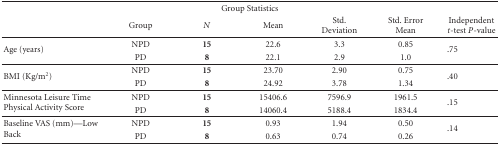
<table><thead><tr><td colspan="7"><b>Group Statistics</b></td></tr><tr><td></td><td><b>Group</b></td><td><b><i>N</i></b></td><td><b>Mean</b></td><td><b>Std. Deviation</b></td><td><b>Std. Error Mean</b></td><td><b>Independent <i>t</i>-test <i>P</i>-value</b></td></tr></thead><tbody><tr><td rowspan="2">Age (years)</td><td>NPD</td><td><b>15</b></td><td>22.6</td><td>3.3</td><td>0.85</td><td rowspan="2">.75</td></tr><tr><td>PD</td><td><b>8</b></td><td>22.1</td><td>2.9</td><td>1.0</td></tr><tr><td rowspan="2">BMI (Kg/m<sup>2</sup>)</td><td>NPD</td><td><b>15</b></td><td>23.70</td><td>2.90</td><td>0.75</td><td rowspan="2">.40</td></tr><tr><td>PD</td><td><b>8</b></td><td>24.92</td><td>3.78</td><td>1.34</td></tr><tr><td rowspan="2">Minnesota Leisure Time Physical Activity Score</td><td>NPD</td><td><b>15</b></td><td>15406.6</td><td>7596.9</td><td>1961.5</td><td rowspan="2">.15</td></tr><tr><td>PD</td><td><b>8</b></td><td>14060.4</td><td>5188.4</td><td>1834.4</td></tr><tr><td rowspan="2">Baseline VAS (mm)—Low Back</td><td>NPD</td><td><b>15</b></td><td>0.93</td><td>1.94</td><td>0.50</td><td rowspan="2">.14</td></tr><tr><td>PD</td><td><b>8</b></td><td>0.63</td><td>0.74</td><td>0.26</td></tr></tbody></table>